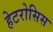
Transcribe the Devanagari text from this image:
हेटरोसिस